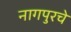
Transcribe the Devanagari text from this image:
नागपुरचे